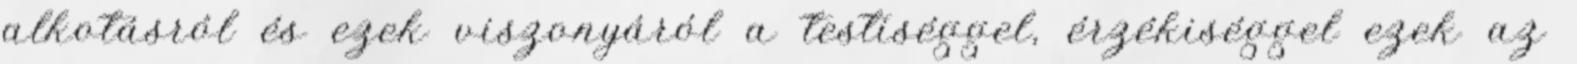
alkotásról és ezek viszonyáról a testiséggel, érzékiséggel ezek az